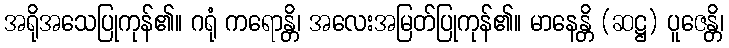
အရိုအသေပြုကုန်၏။ ဂရုံ ကရောန္တိ၊ အလေးအမြတ်ပြုကုန်၏။ မာနေန္တိ (ဆဋ္ဌ) ပူဇေန္တိ၊